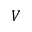
V